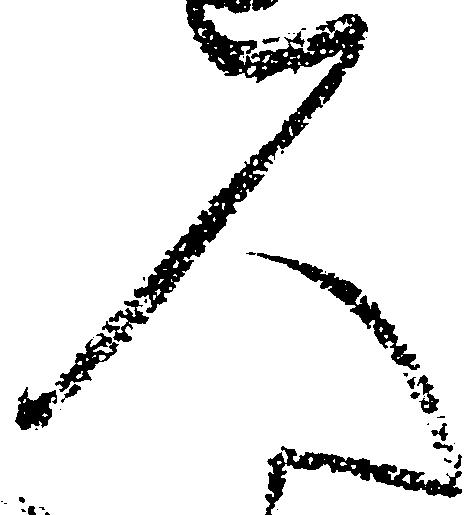
人